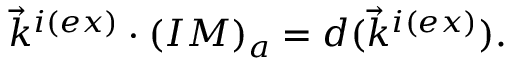
\vec { k } ^ { i ( e x ) } \cdot ( I M ) _ { a } = d ( \vec { k } ^ { i ( e x ) } ) .